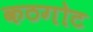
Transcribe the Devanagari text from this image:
कठगोट